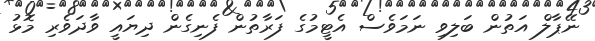
ނޭޕާލް އަތުން ބަލިވި ނަމަވެސް އެޓީމުގެ ފަރާތުން ފެނިގެން ދިޔައީ ވާދަވެރި މޮޅު